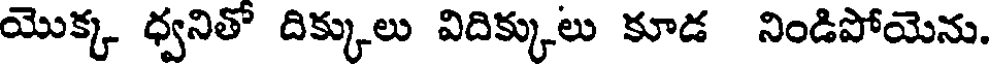
యొక్క ధ్వనితో దిక్కులు విదిక్కులు కూడ నిండిపోయెను.